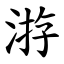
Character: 㳺